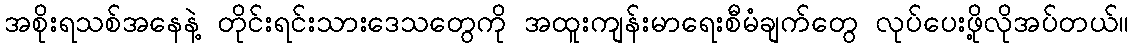
အစိုးရသစ်အနေနဲ့ တိုင်းရင်းသားဒေသတွေကို အထူးကျန်းမာရေးစီမံချက်တွေ လုပ်ပေးဖို့လိုအပ်တယ်။